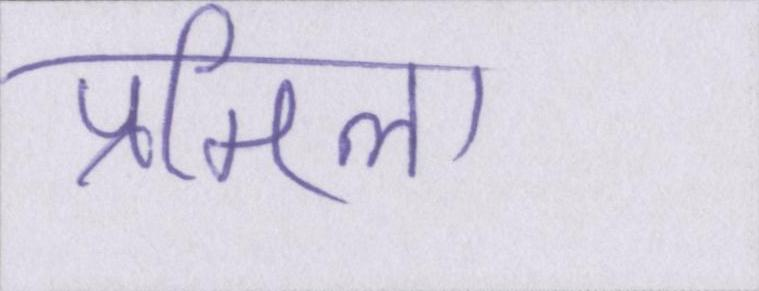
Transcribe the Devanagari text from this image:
प्रमिला